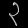
Digit: ၃